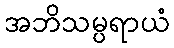
အဘိသမ္ပရာယံ